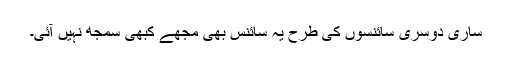
ساری دوسری سائنسوں کی طرح یہ سائنس بھی مجھے کبھی سمجھ نہیں آئی۔